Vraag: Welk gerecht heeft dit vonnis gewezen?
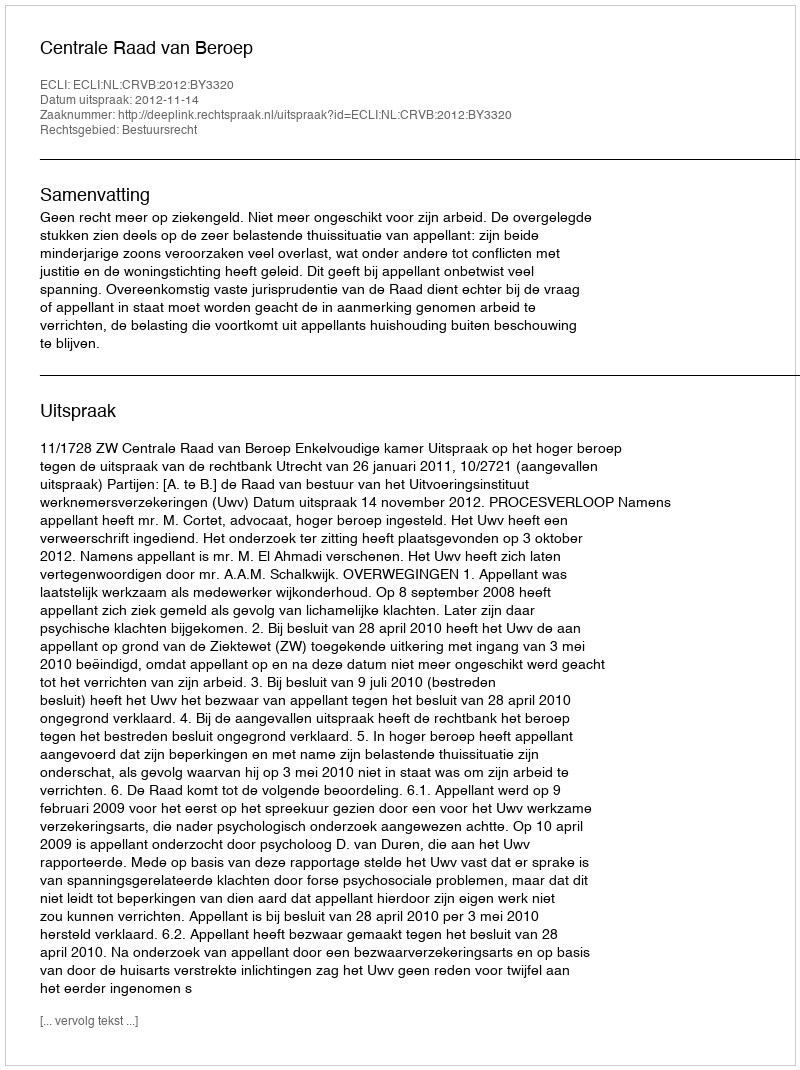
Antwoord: Centrale Raad van Beroep